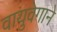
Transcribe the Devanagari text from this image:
वायुवेगाने